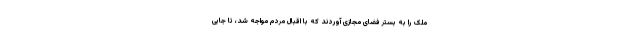
ملک را به بستر فضای مجازی آوردند که با اقبال مردم مواجه شد، تا جایی